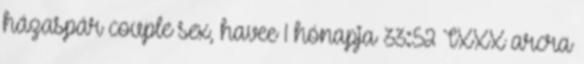
házaspár couple sex, havee 1 hónapja 33:52 TXXX arcra